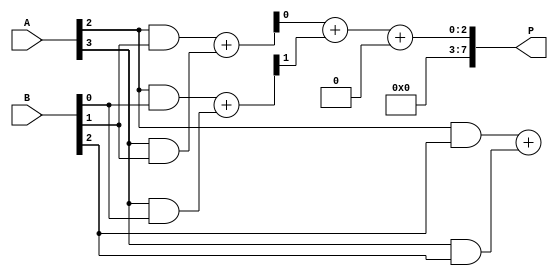
module wallace_tree_multiplier #(parameter N = 4) (
    input [N-1:0] A,
    input [N-1:0] B,
    output reg [2*N-1:0] P
);

    // Step 1: Generate Partial Products
    wire [N-1:0] pp [N-1:0]; // Partial products array
    genvar i, j;
    generate
        for (i = 0; i < N; i = i + 1) begin: pp_gen
            for (j = 0; j < N; j = j + 1) begin: pp_and
                assign pp[i][j] = A[i] & B[j];
            end
        end
    endgenerate

    // Step 2: Wallace Tree Reduction
    // Intermediate wires for the Wallace tree reduction
    wire [N-1:0] sum [N-1:0];
    wire [N-1:0] carry [N-1:0];

    // Reduction Stage
    // First stage of reduction
    generate
        for (i = 0; i < N; i = i + 1) begin: reduction_stage
            if (i < N-1) begin
                // Half Adders for pairs
                assign {carry[i][i+1], sum[i][i]} = pp[i][0] + pp[i+1][0];
                assign {carry[i][i+1], sum[i][i+1]} = pp[i][1] + pp[i+1][1];
                assign {carry[i][i+1], sum[i][i+2]} = pp[i][2] + pp[i+1][2];
            end
        end
    endgenerate

    // Final stage of reduction
    wire [N-1:0] final_sum;
    wire [N-1:0] final_carry;

    assign {final_carry, final_sum} = sum[N-2][N-1] + carry[N-2][N-1];

    // Step 3: Final Addition
    always @(*) begin
        P = 0; // Initialize product
        P = final_sum + final_carry; // Final product
    end

endmodule